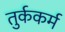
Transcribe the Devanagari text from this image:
तुर्ककर्म